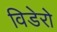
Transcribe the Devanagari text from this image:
विडेरो